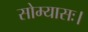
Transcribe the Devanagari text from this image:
सोम्यासः।